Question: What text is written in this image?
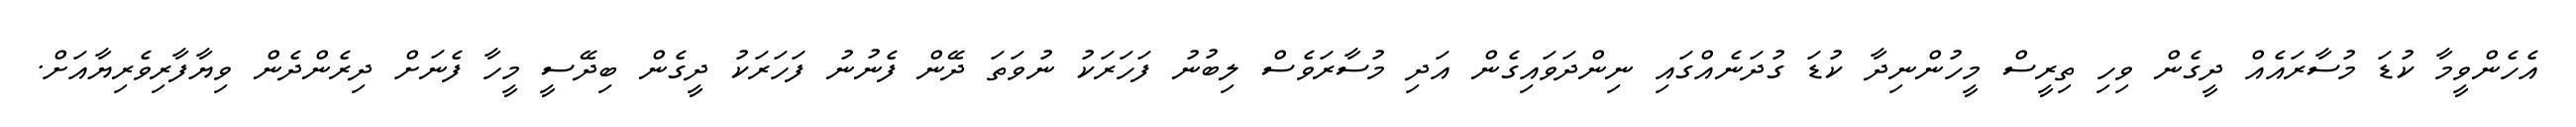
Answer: އެހެންވީމާ ކުޑަ މުސާރައެއް ދީގެން ވިހި ތިރީސް މީހުންނިދާ ކުޑަ ގުދަނެއްގައި ނިންދަވައިގެން އަދި މުސާރަވެސް ލިބުނު ފަހަރަކު ނުވަތަ ދޭން ފެނުނު ފަހަރަކު ދީގެން ބިދޭސީ މީހާ ފެނަށް ދިރެންދެން ވިޔާފާރިވެރިޔާއަށް.